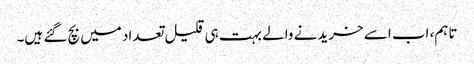
تاہم، اب اسے خریدنے والے بہت ہی قلیل تعداد میں بچ گئے ہیں۔